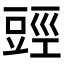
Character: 𧯬